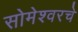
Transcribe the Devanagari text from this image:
सोमेश्वरचे